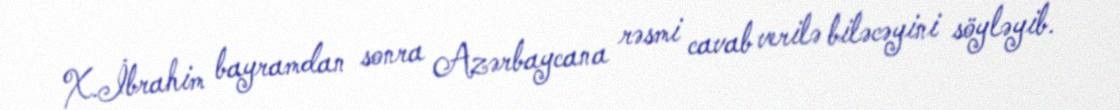
X.İbrahim bayramdan sonra Azərbaycana rəsmi cavab verilə biləcəyini söyləyib.